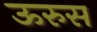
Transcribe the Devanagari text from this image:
ऊरुस